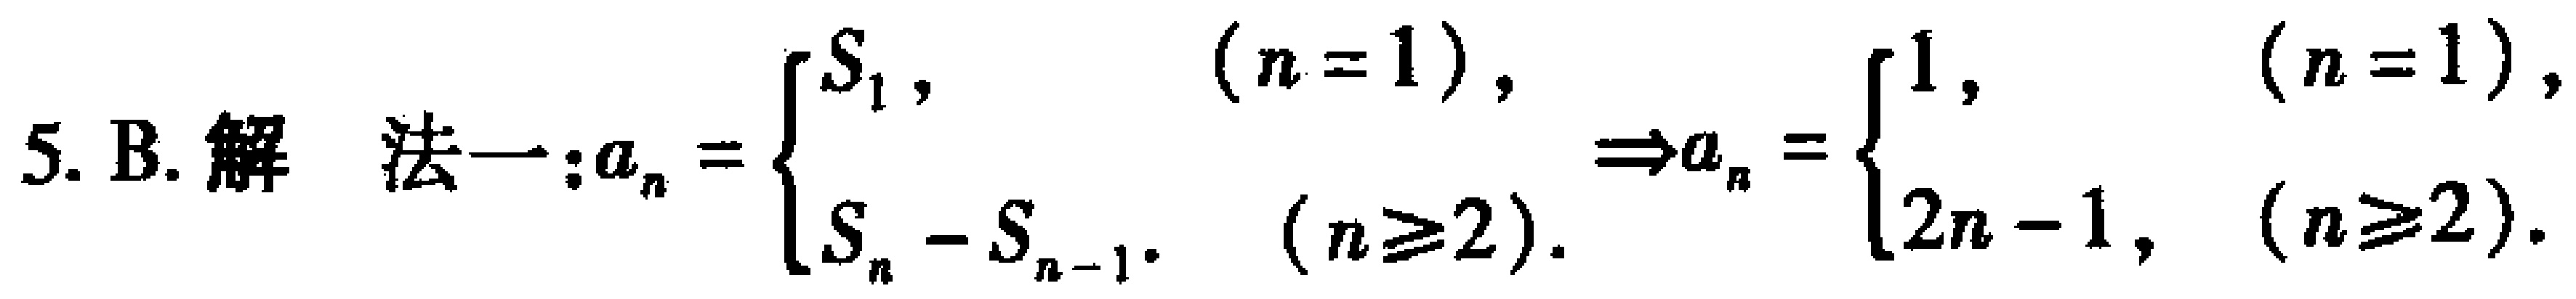
5. B. 解 法一：\(a_{n}=\begin{cases}S_{1},&(n = 1),\\S_{n}-S_{n - 1},&(n\geq2).\end{cases}\Rightarrow a_{n}=\begin{cases}1,&(n = 1),\\2n - 1,&(n\geq2).\end{cases}\)